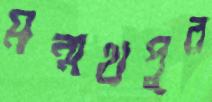
মন্মথপুর